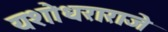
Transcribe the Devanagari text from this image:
यशोधराराजे